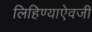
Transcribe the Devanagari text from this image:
लिहिण्याऐवजी